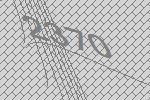
2370